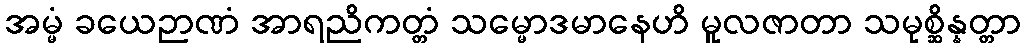
အမ္မံ ခယေဉာဏံ အာရညိကတ္တံ သမ္မောဒမာနေဟိ မူလဇာတာ သမုစ္ဆိန္နတ္တာ